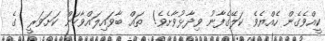
ކީއްވެގެން ހެއްޔެވެ ކަލޭގެފާނު ވިދާޅުވާށެވެ!  ތައް ބާވައިލައްވާކަން ކަށަވަރީ  ގެ